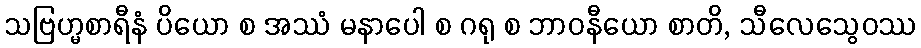
သဗြဟ္မစာရီနံ ပိယော စ အဿံ မနာပေါ စ ဂရု စ ဘာဝနီယော စာတိ, သီလေသွေဝဿ